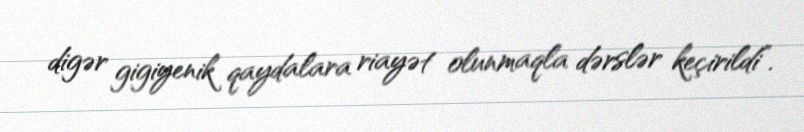
digər gigiyenik qaydalara riayət olunmaqla dərslər keçirildi”.